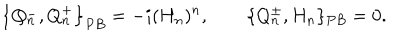
LaTeX: \left\{ Q _ { n } ^ { - } , Q _ { n } ^ { + } \right\} _ { P B } = - i ( H _ { n } ) ^ { n } , \qquad \{ Q _ { n } ^ { \pm } , H _ { n } \} _ { P B } = 0 .